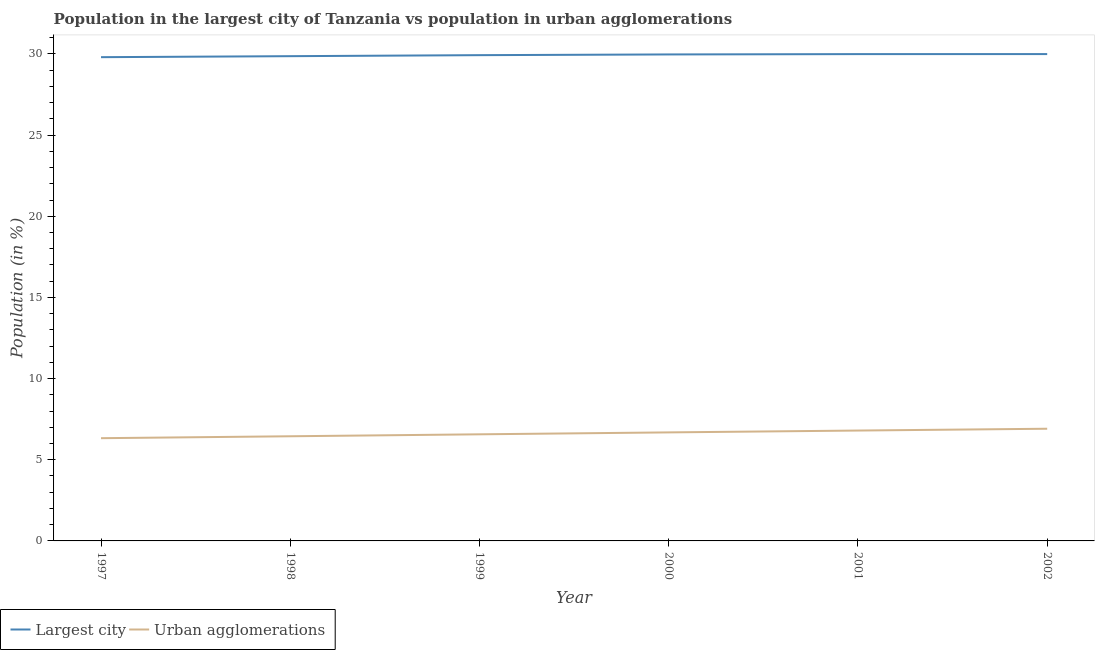
| Year | Largest city | Urban agglomerations |
 | --- | --- | --- |
 | 1997 | 29.8 | 6.33 |
 | 1998 | 29.9 | 6.45 |
 | 1999 | 29.9 | 6.57 |
 | 2000 | 30 | 6.69 |
 | 2001 | 30 | 6.8 |
 | 2002 | 30 | 6.91 |